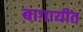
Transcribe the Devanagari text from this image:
बागायीत